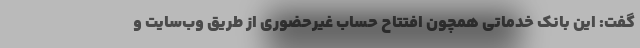
گفت: این بانک خدماتی همچون افتتاح حساب غیرحضوری از طریق وب‌سایت و